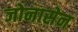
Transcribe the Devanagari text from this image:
जोनासेन